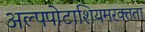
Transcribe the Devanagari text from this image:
अल्पपोटाशियमरक्तता